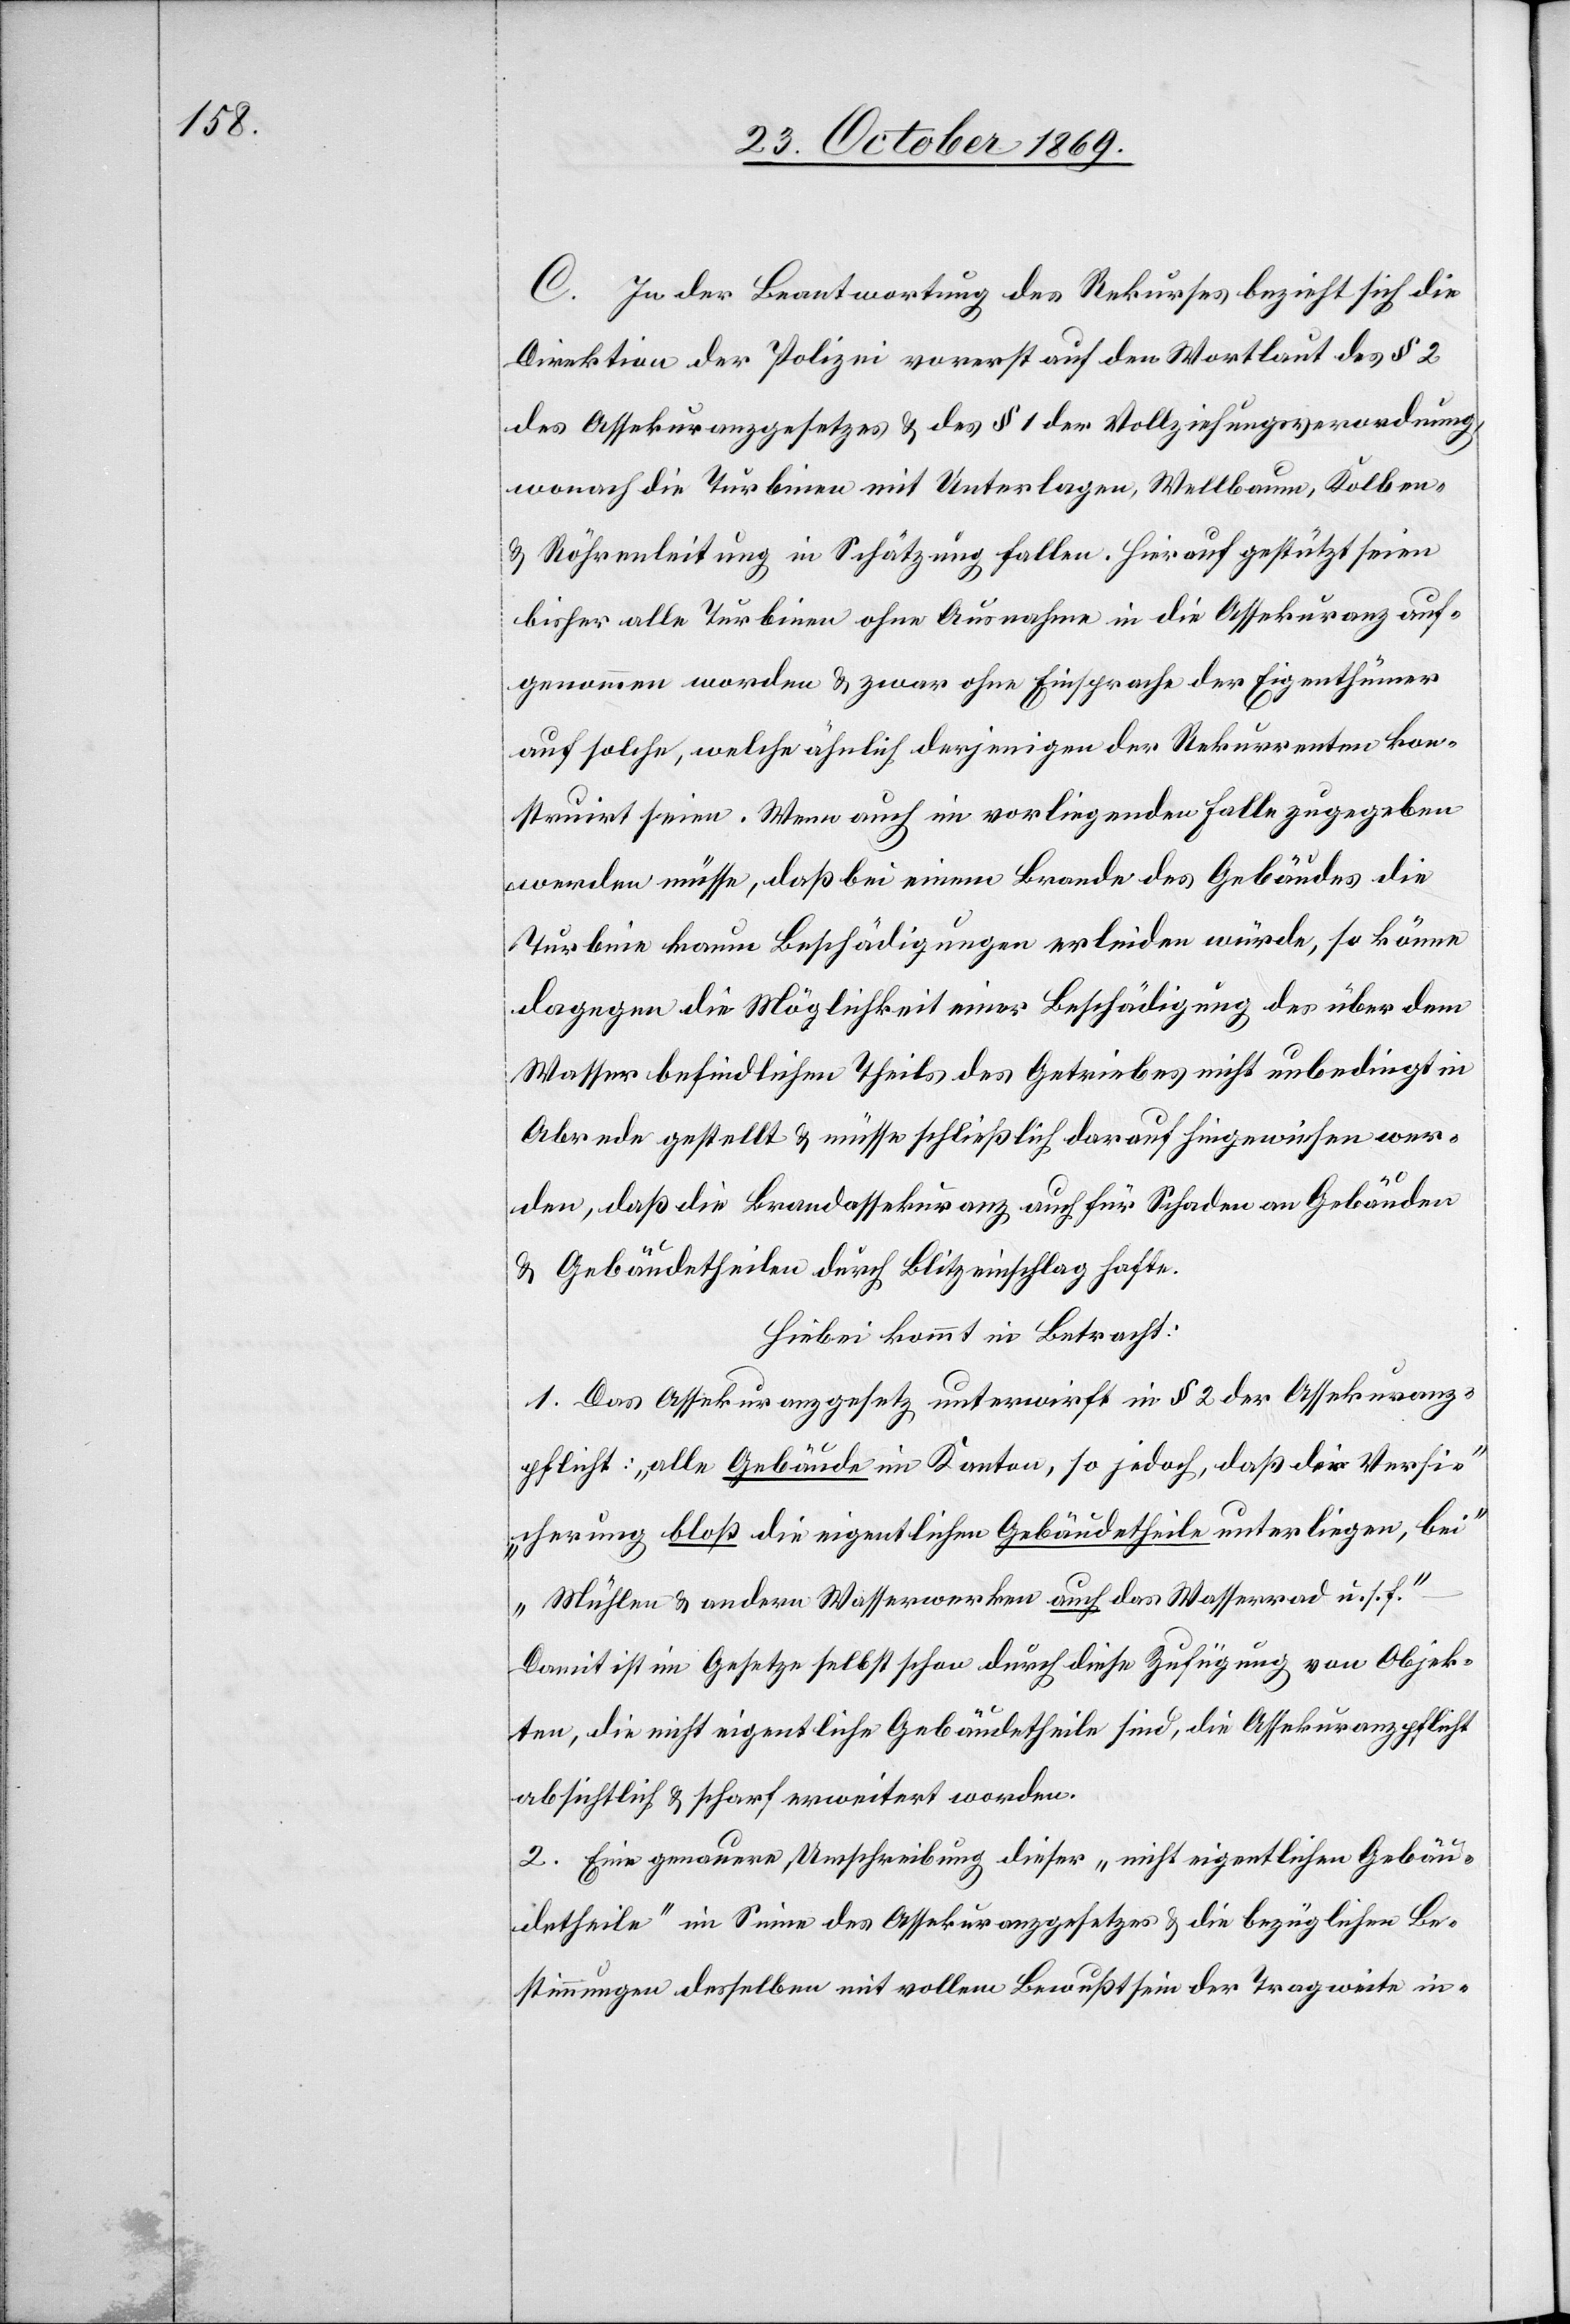
C. In der Beantwortung des Rekurses bezieht sich die
Direktion der Polizei vorerst auf den Wortlaut des § 2
des Assekuranzgesetzes & des § 1 der Vollziehungsverordnung,
wonach die Turbinen mit Unterlagen, Wellbaum, Kolben-
& Röhrenleitung in Schätzung fallen. Hierauf gestützt seien
bisher alle Turbinen ohne Ausnahme in die Assekuranz auf¬
genommen worden & zwar ohne Einsprache der Eigenthümer
auf solche, welche ähnlich derjenigen der Rekurrenten kon¬
struirt seien. Wenn auch im vorliegenden Falle zugegeben
werden müsse, daß bei einem Brande des Gebäudes die
Turbine kaum Beschädigungen erleiden würde, so könne
dagegen die Möglichkeit einer Beschädigung des über dem
Wasser befindlichen Theils des Getriebes nicht unbedingt in
Abrede gestellt & müsse schließlich darauf hingewiesen wer¬
den, daß die Brandassekuranz auch für Schaden an Gebäuden
& Gebäudetheilen durch Blitzeinschlag hafte.
Hiebei kommt in Betracht:
1. Das Assekuranzgesetz unterwirft in § 2 der Assekuranz¬
pflicht: „alle Gebäude im Kanton, so jedoch, daß der Versi¬
cherung bloß die eigentlichen Gebäudetheile unterliegen, bei
Mühlen & andern Wasserwerken auch das Wasserrad u. s. f.“
Damit ist im Gesetze selbst schon durch diese Zufügung von Objek¬
ten, die nicht eigentliche Gebäudetheile sind, die Assekuranzpflicht
absichtlich & scharf erweitert worden.
2. Eine genauere Umschreibung dieser „nicht eigentlichen Gebäu¬
detheile“ im Sinne des Assekuranzgesetzes & die bezüglichen Be¬
stimmungen desselben mit vollem Bewußtsein der Tragweite in-